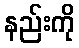
နည်းကို